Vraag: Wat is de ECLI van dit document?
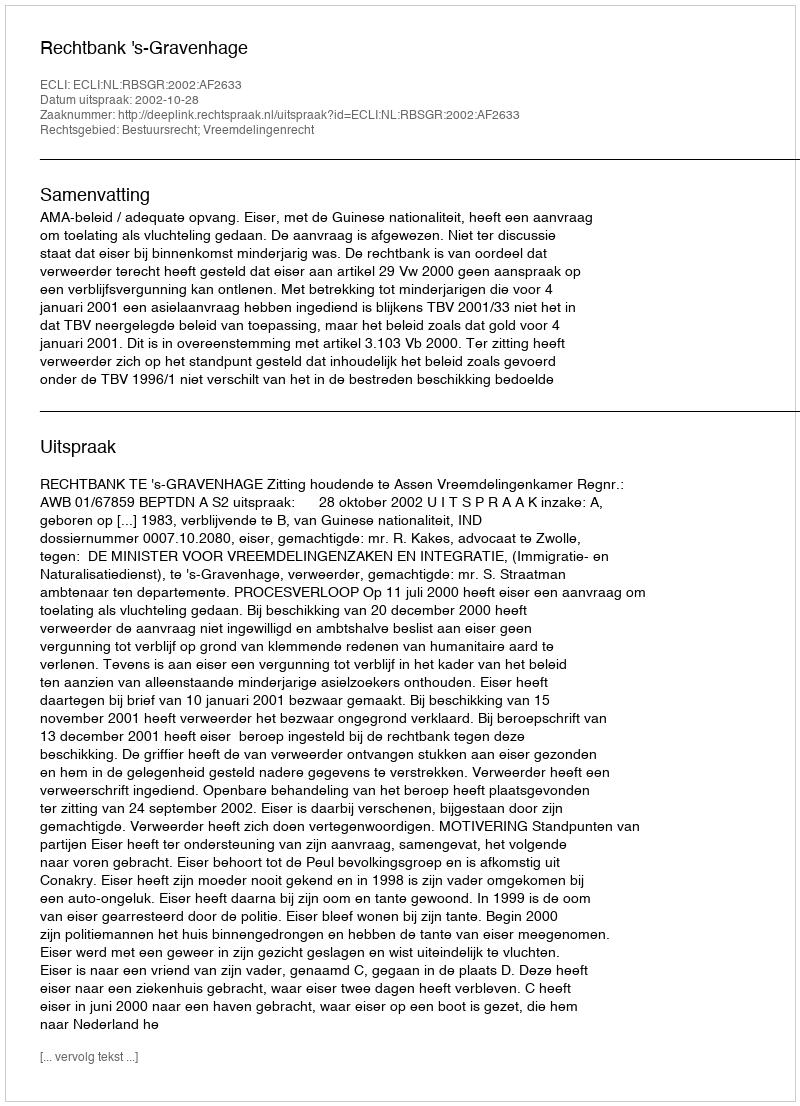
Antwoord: ECLI:NL:RBSGR:2002:AF2633